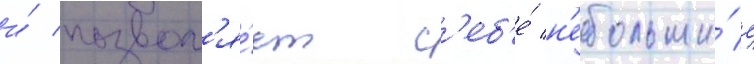
и́ позвол'я́ет с'еб'е́ н'ебольши́е